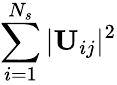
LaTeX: \sum_{i=1}^{N_{s}}\vert\mathbf{U}_{ij}\vert^{2}